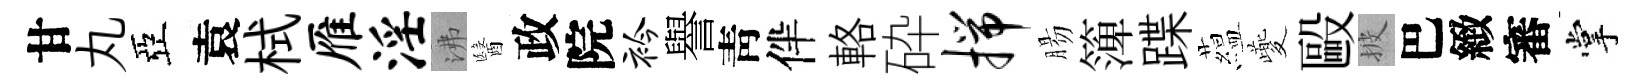
甘丸亞袁栻雁淫沸醫政院衿譽靑伴輅砕揣腸𥱼蹀藴夔毆披巴緻審掌